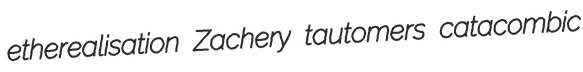
etherealisation Zachery tautomers catacombic